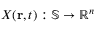
X ( \mathbf { r } , t ) : \mathbb { S } \rightarrow \mathbb { R } ^ { n }